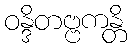
ဝန္ဒိတဗ္ဗကန္တိ